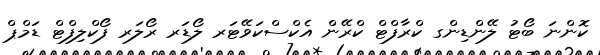
ކޮންނަ ބޯޓު ލޭންޑިންގ ކްރާފްޓް ކްރޭން އެކްސްކަވޭޓަރ ލޯޑަރ ރޯލަރ ފޯކްލިފްޓް ޑަމްޕް